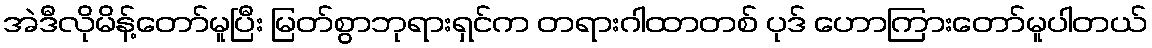
အဲဒီလိုမိန့်တော်မူပြီး မြတ်စွာဘုရားရှင်က တရားဂါထာတစ် ပုဒ် ဟောကြားတော်မူပါတယ်